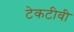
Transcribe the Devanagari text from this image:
टेकटीवी